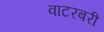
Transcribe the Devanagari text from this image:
वाटरबरी